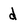
Character: d